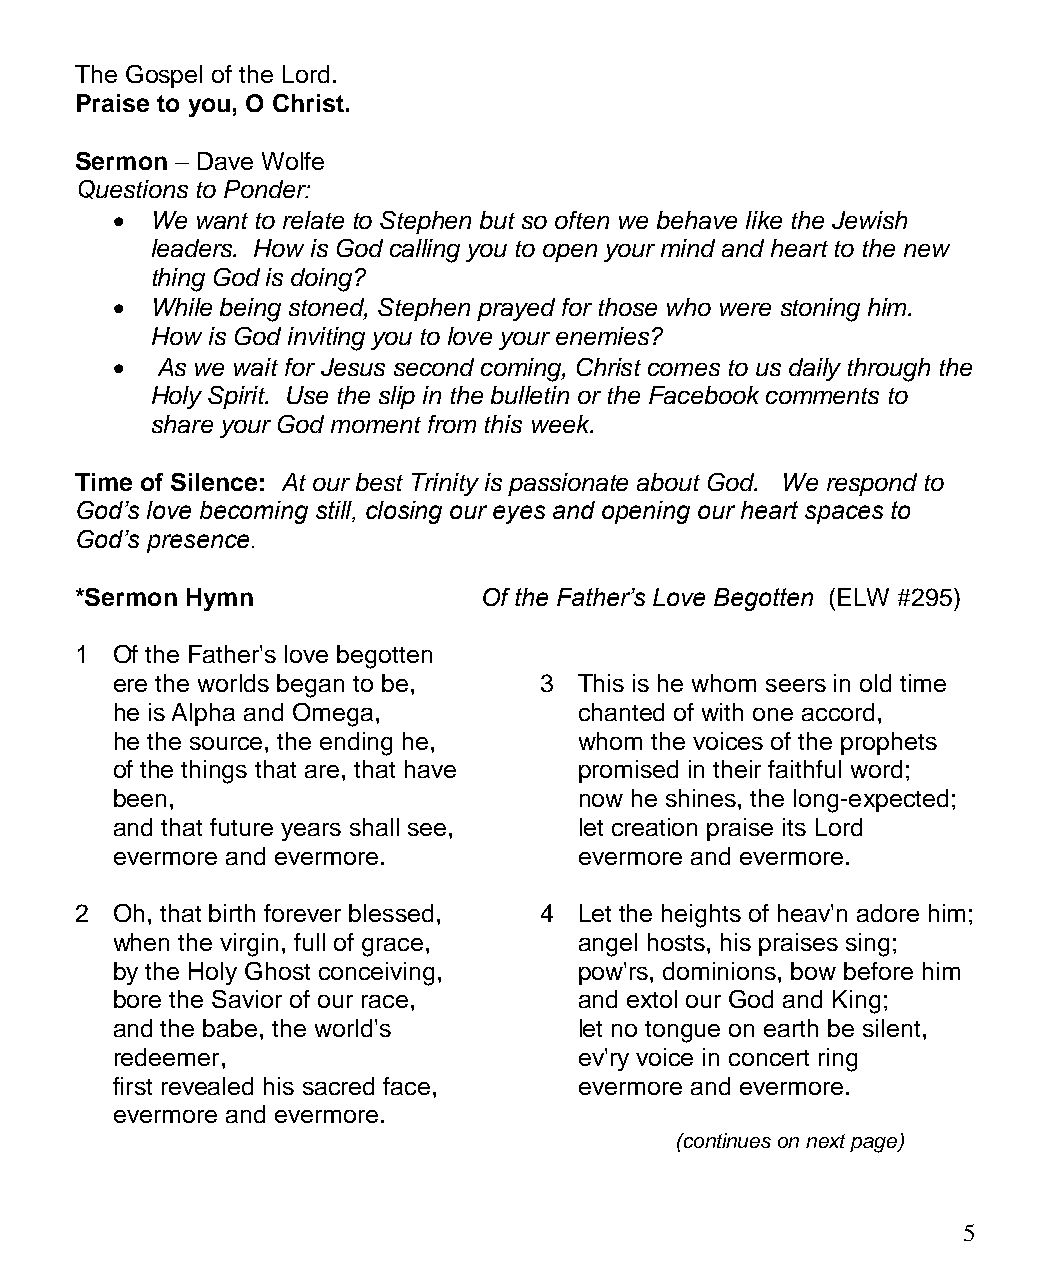
The Gospel of the Lord.
 Praise to you, O Christ.
 Sermon – Dave Wolfe
 Questions to Ponder:
   We want to relate to Stephen but so often we behave like the Jewish
 leaders. How is God calling you to open your mind and heart to the new
 thing God is doing?
   While being stoned, Stephen prayed for those who were stoning him.
 How is God inviting you to love your enemies?
   As we wait for Jesus second coming, Christ comes to us daily through the
 Holy Spirit. Use the slip in the bulletin or the Facebook comments to
 share your God moment from this week.
 Time of Silence: At our best Trinity is passionate about God. We respond to
 God’s love becoming still, closing our eyes and opening our heart spaces to
 God’s presence.
 *Sermon Hymn               Of the Father’s Love Begotten (ELW #295)
 1 Of the Father's love begotten
 ere the worlds began to be,  3 This is he whom seers in old time
 he is Alpha and Omega,         chanted of with one accord,
 he the source, the ending he,  whom the voices of the prophets
 of the things that are, that have promised in their faithful word;
 been,                          now he shines, the long-expected;
 and that future years shall see, let creation praise its Lord
 evermore and evermore.         evermore and evermore.
 2 Oh, that birth forever blessed, 4 Let the heights of heav'n adore him;
 when the virgin, full of grace, angel hosts, his praises sing;
 by the Holy Ghost conceiving,  pow'rs, dominions, bow before him
 bore the Savior of our race,   and extol our God and King;
 and the babe, the world's      let no tongue on earth be silent,
 redeemer,                      ev'ry voice in concert ring
 first revealed his sacred face, evermore and evermore.
 evermore and evermore.
 (continues on next page)
 5